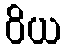
ဝိယ